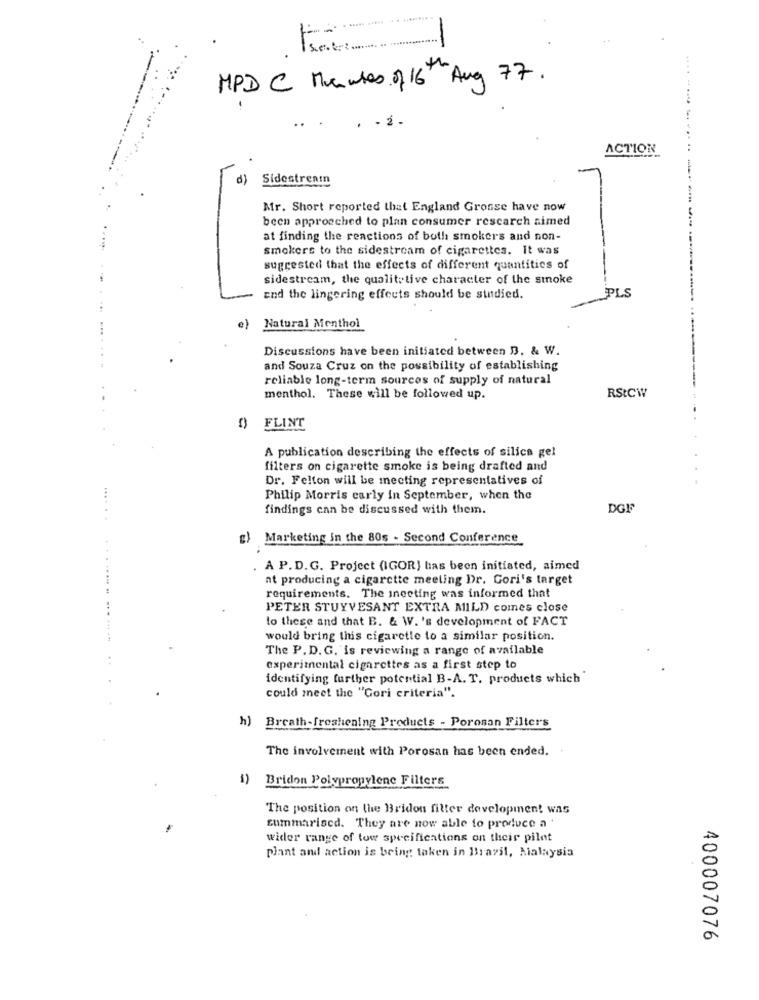
MPD C Members of 16th Aug 77.
. 2
ACTION
d)
Sidestrenin
Mr. Short reported that England Grosse have now
been approached to plan consumer research aimed
----------------
at finding the reactions of both smokers and non-
smokers to the sidestream of cigarettes. It was
suggested that the effects of different quantities of
sidestream, the qualitytive character of the smoke
and the lingering effects should be studied.
PLS
e) Natural Menthol
Discussions have been initiated between B3. & W.
and Souza Cruz on the possibility of establishing
reliable long-term sources of supply of natural
RStCW
menthol. These will be followed up.
FLINT
A publication describing the effects of silica gel
filters on cigarette smoke is being drafted and
Dr. Felton will be meeting representatives of
Philip Morris carly In September, when the
findings can be discussed with them.
DGF
g) Marketing In the 80s - Second Conference
A P.D.G. Project (IGOR) has been initiated, aimed
at producing a cigarette meeting Dr. Gori's target
requirements. The ineeting was informed that
PETER STUYVESANT EXTRA MILD comes close
to these and that B. & W. 's development of FACT
would bring this cigarette to a similar position.
The P.D.G. is reviewing a range of available
experimental cigarettes as a first step to
identifying further potential B-A. T. products which
could meet the "Gori criteria".
h) Breath-freshening Products - Porosan Filters
The involvement with Porosan has been ended.
Bridon Polypropylene Filters
The position on the Bridon filter development was
summariscd. They are now able to produce a .
wider range of tow specifications on their pilot
plant and action is being taken in Brazil, Malaysia
400007076